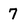
Character: 7